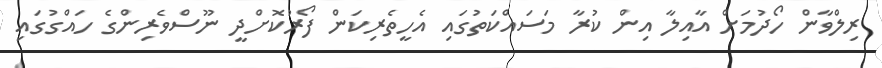
ރިލްވާން ހޯދުމަށް އާއިލާ އިން ކުރާ މަސައްކަތުގައި އެހީތެރިކަން ފޯރުކޮށްދީ ނޫސްވެރިންގެ ހައްގުގައި